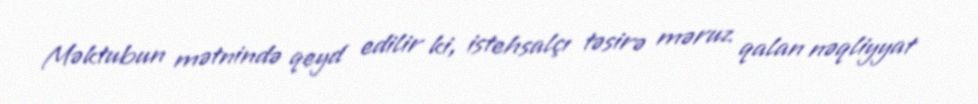
Məktubun mətnində qeyd edilir ki, istehsalçı təsirə məruz qalan nəqliyyat